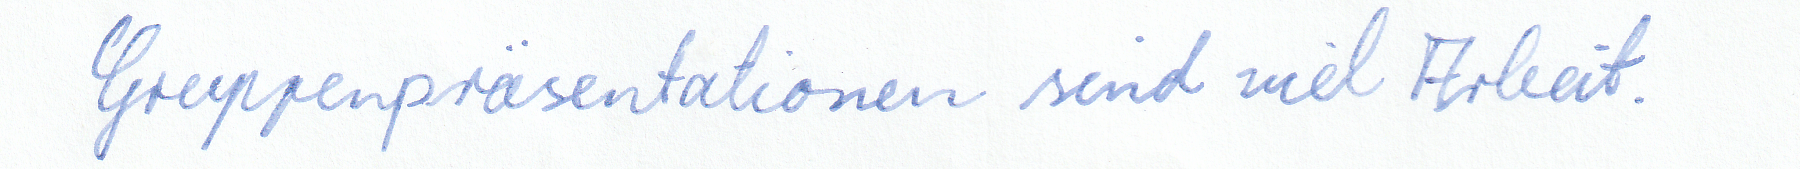
Gruppenpräsentationen sind viel Arbeit.